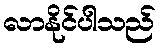
လာနိုင်ပါသည်